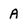
Character: A